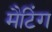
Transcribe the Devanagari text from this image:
मैटिंग